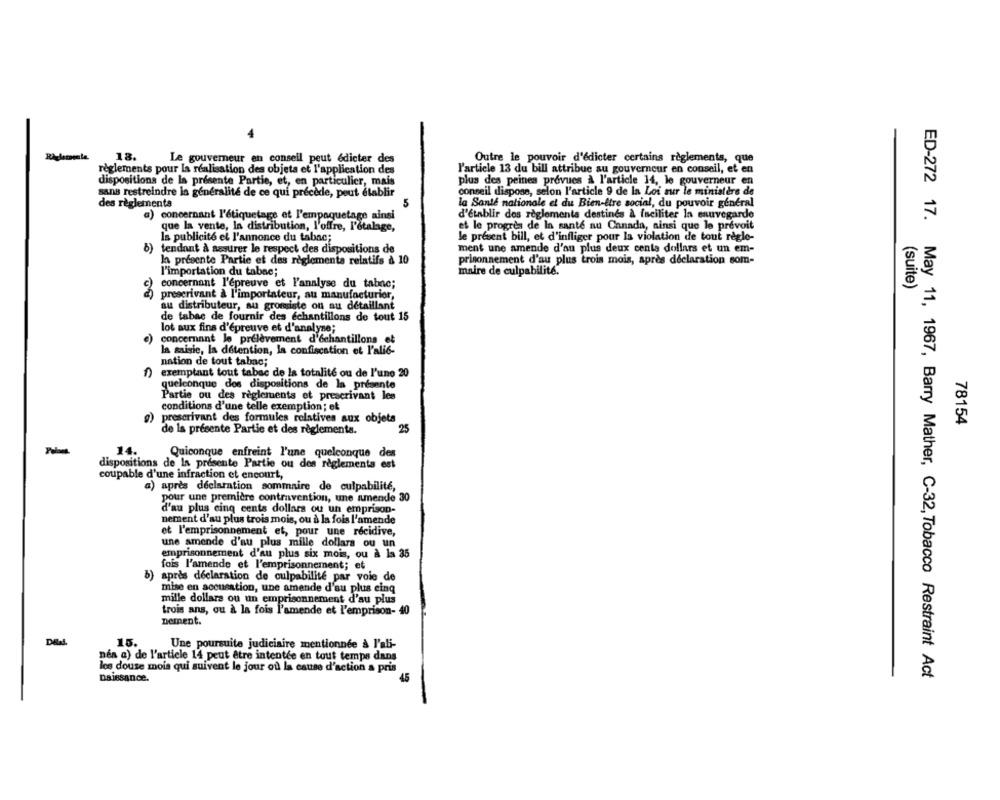
-
18.
Le gouverneur en conseil peut édicter des
Outre le pouvoir d'édicter certains règlements, que
règlements pour la réalisation des objets et l'application des
l'article 13 du bill attribue au gouverneur en conseil, et en
dispositions de la présente Partie, et, en particulier, mais
plus des peines provues à l'article 14, le gouverneur en
sans restreindre la généralité de ce qui précède, peut établir
conseil dispose, selon l'article 9 de la Loi sur le ministère de
des règlements
5
la Santé nationale et du Bien-être social, du pouvoir général
a) concernant l'étiquetage et l'empaquetage ainsi
d'établir dos règlements destinés à faciliter la enuvegarde
que la vente, la distribution, l'offre, l'étalage,
et le progrès de In santé au Canada, ainsi que le prévoit
la publicité et l'annonce du tabac;
le present bill, et d'infliger pour la violation de tout règle-
b)
tendant à assurer le respect des dispositions de
ment une amende d'au plus deux cente dollars et un em-
In présente Partie et des règlements relatifs à 10
prisonnement d'au plus trois mois, après déclaration som-
l'importation du tabac;
maire de culpabilité.
concernant l'épreuve et l'analyse du tabne;
(suite)
prescrivant à l'importateur, au manufacturier,
au distributeur, au gromiste on au détaillant
de tabac de fournir des échantillons de tout 15
lot aux fins d'épreuve et d'analyse;
concernant le prélèvement d'échantillons et
la saisie, la détention, la confiscation et l'alie-
nation de tout tabac;
exemptant tout tabac de la totalité ou de l'une 20
quelconque des dispositions de la presente
Partie ou des règlements et prescrivant les
conditions d'une telle exemption; et
g)
prescrivant des formules relatives aux objets
78154
de la présente Partie et des règlements.
25
14.
Quiconque enfreint l'une quelconque des
dispositions de la présente Partie ou des règlements est
coupable d'une infraction et encourt,
a) après déclaration sommaire de culpabilité,
pour une première contravention, une amende 30
d'au plus cinq cents dollars ou un emprison-
nement d'au plus trois mois, ou à la fois l'amende
et l'emprisonnement et, pour une récidive,
une amende d'au plus mille dollars ou un
emprisonnement d'au plus six mois, ou à la 35
fois l'amende et l'emprisonnement; et
b)
après déclaration de culpabilité par voie de
mise en accusation, une amende d'au plus einq
mille dollars ou un emprisonnement d'au plus
trois ans, ou à la fois l'amende et l'emprison- 40
nement.
15.
Une poursuite judiciaire mentionnée à l'ali-
nés a) de l'article 14 peut être intentée en tout temps dans
les douze mois qui suivent le jour où la cause d'action a pris
Daissance.
45
ED-272 17. May 11, 1967, Barry Mather, C-32, Tobacco Restraint Act